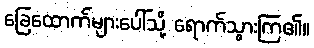
ခြေထောက်များပေါ်သို့ ရောက်သွားကြ၏။